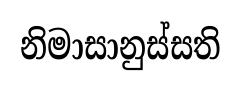
නිමාසානුස්සති